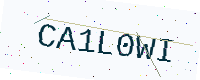
Text: CA1L0WI